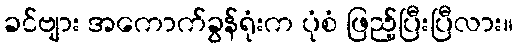
ခင်ဗျား အကောက်ခွန်ရုံးက ပုံစံ ဖြည့်ပြီးပြီလား။